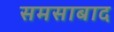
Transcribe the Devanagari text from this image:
समसाबाद